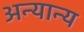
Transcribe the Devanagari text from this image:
अन्‍यान्‍य